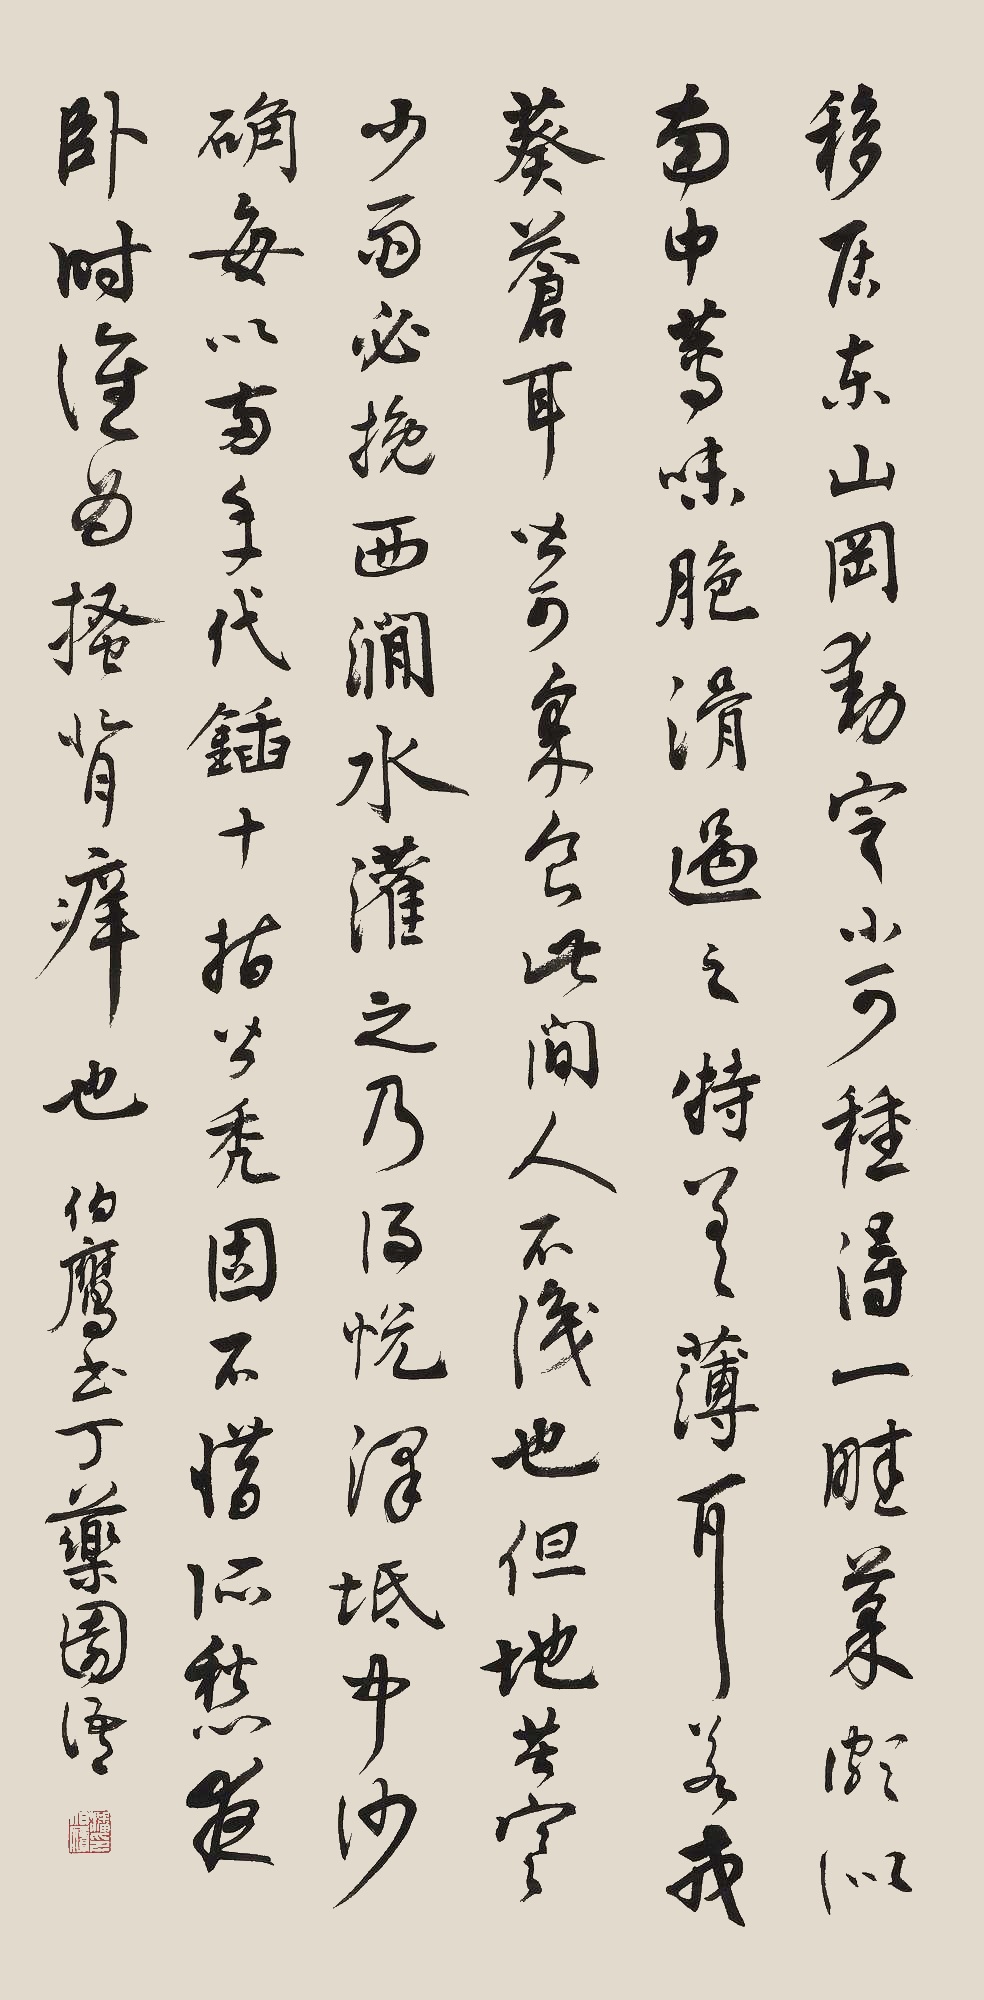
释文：移居东山冈，动定小可，种得一畦菜，颇似南中莼，味脆滑过之，特差薄耳。若戎葵苍耳，皆可采食。此间人不识也。但地苦寒少雨，必挽西涧水灌之，乃得悦泽坻中沙确，每以两手代锸，十指皆秃，固不惜所愁夜卧时，谁为搔背痒也。伯鹰书丁药园语。